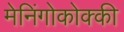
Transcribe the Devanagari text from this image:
मेनिंगोकोक्की